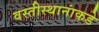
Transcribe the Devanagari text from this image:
वस्तीस्थानांकडे